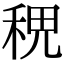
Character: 𥞷